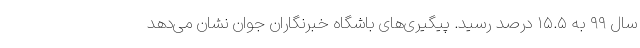
سال ۹۹ به ۱۵.۵ درصد رسید. پیگیری‌های باشگاه خبرنگاران جوان نشان می‌دهد